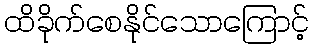
ထိခိုက်စေနိုင်သောကြောင့်